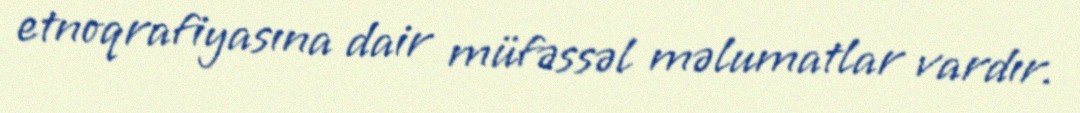
etnoqrafiyasına dair müfəssəl məlumatlar vardır.